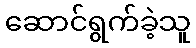
ဆောင်ရွက်ခဲ့သူ